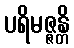
ပရိမဇ္ဇန္တိ